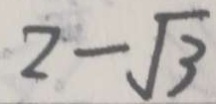
2 - \sqrt { 3 }